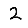
Digit: 2